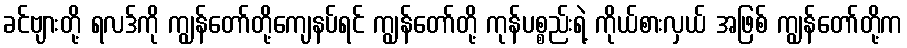
ခင်ဗျားတို့ ရလဒ်ကို ကျွန်တော်တို့ကျေနပ်ရင် ကျွန်တော်တို့ ကုန်ပစ္စည်းရဲ့ ကိုယ်စားလှယ် အဖြစ် ကျွန်တော်တို့က